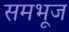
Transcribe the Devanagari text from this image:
समभूज